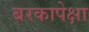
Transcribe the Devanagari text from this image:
बरकापेक्षा